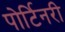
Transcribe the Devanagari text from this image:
पोर्टिनरी